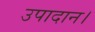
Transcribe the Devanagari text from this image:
उपादान।